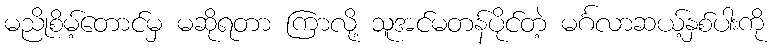
မညိုစိမ့်တောင်မှ မဆိုရတာ ကြာလို့ သူအင်မတန်ပိုင်တဲ့ မင်္ဂလာဆယ့်နှစ်ပါးကို